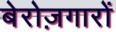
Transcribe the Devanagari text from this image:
बेरोज़गारों